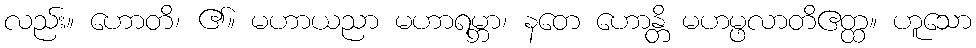
လည်း။ ဟောတိ၊ ၏။ မဟာယညာ မဟာရမ္ဘာ၊ နတေ ဟောန္တိ မဟမ္ဖလာတိဧတ္ထ။ ဟူသော